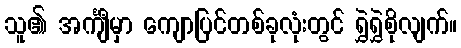
သူ၏ အင်္ကျီမှာ ကျောပြင်တစ်ခုလုံးတွင် ရွှဲရွှဲစိုလျက်။